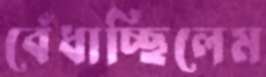
বেঁধাচ্ছিলেম